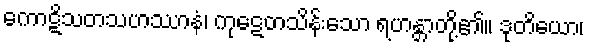
ကောဋိသတသဟဿာနံ၊ ကုဋေတသိန်းသော ရဟန္တာတို့၏။ ဒုတိယော၊